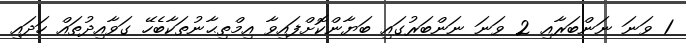
1 ވަނަ ނަންބަރާއި 2 ވަނަ ނަންބަރުގައި ބަޔާންކޮށްފައިވާ އިމްތިޙާނުތަކާބެހޭ ގަވާއިދުތައް ހަދައި